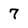
Character: 7